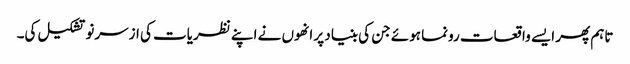
تاہم پھر ایسے واقعات رونما ہوئے جن کی بنیاد پر انھوں نے اپنے نظریات کی ازسرنو تشکیل کی۔